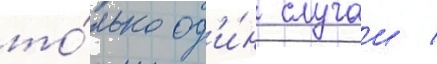
то́лько од'и́н случаи /